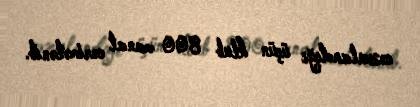
cəzalandığı üçün klub 800 manat cərimələnib.